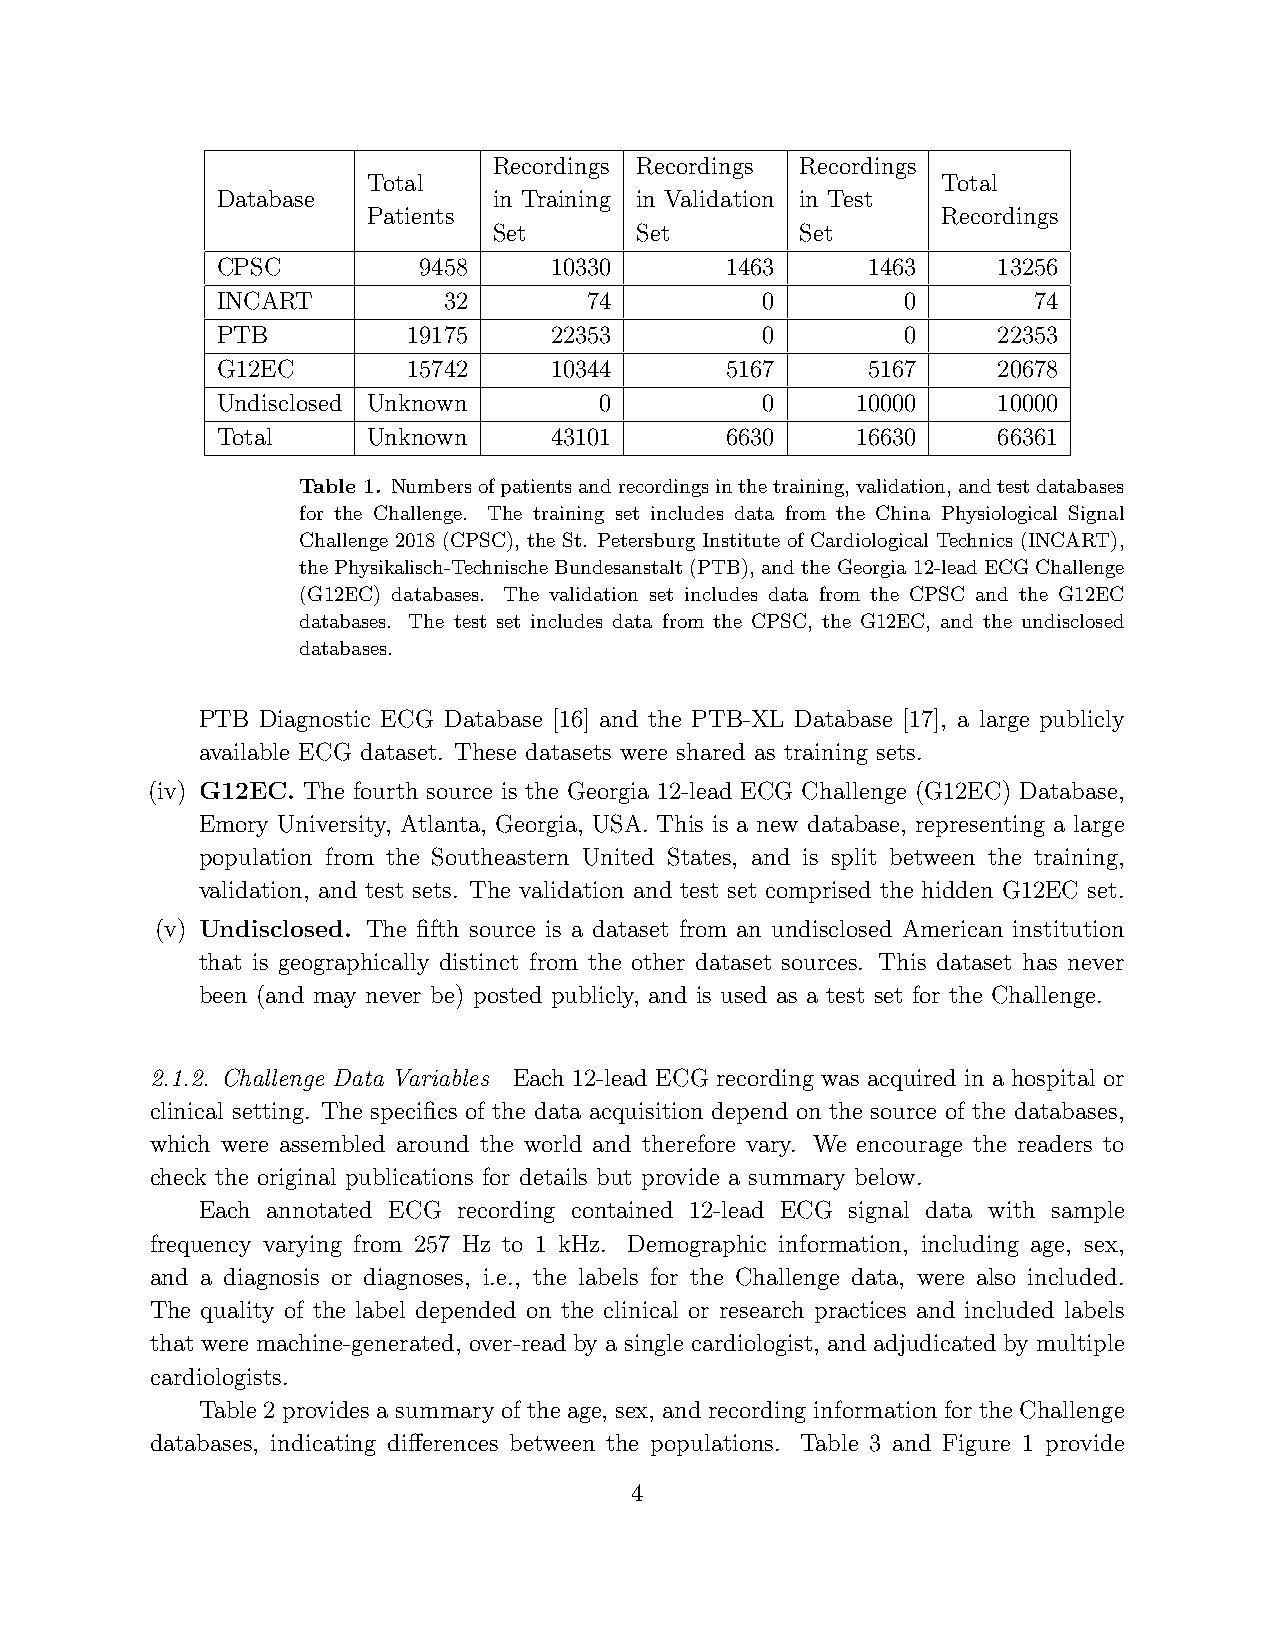
Recordings Recordings Recordings
 Total                                 Total
 Database           in Training in Validation in Test
 Patients                              Recordings
 Set      Set        Set
 CPSC          9458    10330       1463     1463     13256
 INCART         32        74         0         0       74
 PTB          19175    22353         0         0     22353
 G12EC        15742    10344       5167     5167     20678
 Undisclosed Unknown       0         0      10000    10000
 Total     Unknown     43101       6630     16630    66361
 Table 1. Numbersofpatientsandrecordingsinthetraining,validation,andtestdatabases
 for the Challenge. The training set includes data from the China Physiological Signal
 Challenge 2018 (CPSC), the St. Petersburg Institute of Cardiological Technics (INCART),
 thePhysikalisch-TechnischeBundesanstalt(PTB),andtheGeorgia12-leadECGChallenge
 (G12EC) databases. The validation set includes data from the CPSC and the G12EC
 databases. The test set includes data from the CPSC, the G12EC, and the undisclosed
 databases.
 PTB Diagnostic ECG Database [16] and the PTB-XL Database [17], a large publicly
 available ECG dataset. These datasets were shared as training sets.
 (iv) G12EC. The fourth source is the Georgia 12-lead ECG Challenge (G12EC) Database,
 Emory University, Atlanta, Georgia, USA. This is a new database, representing a large
 population from the Southeastern United States, and is split between the training,
 validation, and test sets. The validation and test set comprised the hidden G12EC set.
 (v) Undisclosed. The fifth source is a dataset from an undisclosed American institution
 that is geographically distinct from the other dataset sources. This dataset has never
 been (and may never be) posted publicly, and is used as a test set for the Challenge.
 2.1.2. Challenge Data Variables Each 12-lead ECG recording was acquired in a hospital or
 clinical setting. The specifics of the data acquisition depend on the source of the databases,
 which were assembled around the world and therefore vary. We encourage the readers to
 check the original publications for details but provide a summary below.
 Each annotated ECG recording contained 12-lead ECG signal data with sample
 frequency varying from 257 Hz to 1 kHz. Demographic information, including age, sex,
 and a diagnosis or diagnoses, i.e., the labels for the Challenge data, were also included.
 The quality of the label depended on the clinical or research practices and included labels
 that were machine-generated, over-read by a single cardiologist, and adjudicated by multiple
 cardiologists.
 Table 2 provides a summary of the age, sex, and recording information for the Challenge
 databases, indicating differences between the populations. Table 3 and Figure 1 provide
 4